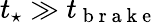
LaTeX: t_{\star}\gg t_{\mathrm{~b~r~a~k~e~}}